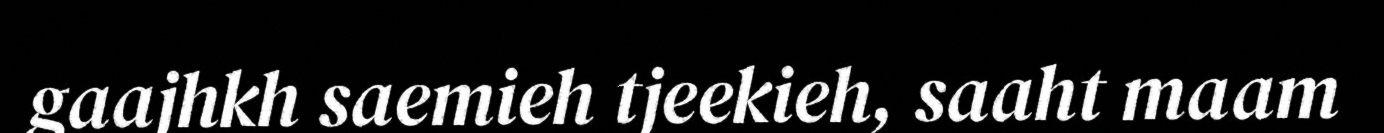
gaajhkh saemieh tjeekieh, saaht maam